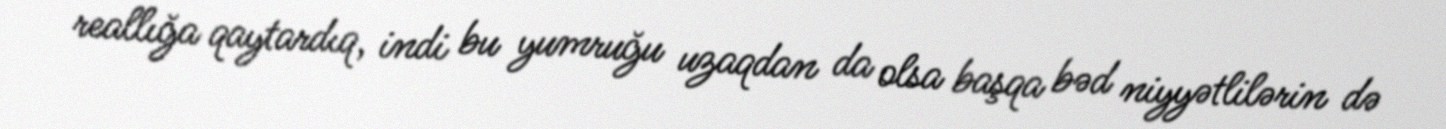
reallığa qaytardıq, indi bu yumruğu uzaqdan da olsa başqa bəd niyyətlilərin də